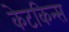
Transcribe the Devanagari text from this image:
केटकिन्स